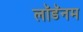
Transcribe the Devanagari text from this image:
लॉडॅनम